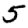
Digit: 5